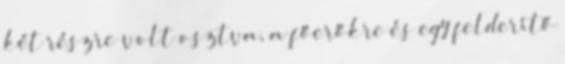
két részre volt osztva, a főerőkre és egy felderítő